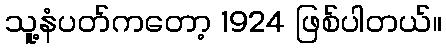
သူ့နံပတ်ကတော့ 1924 ဖြစ်ပါတယ်။